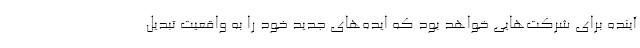
آینده برای شرکت‌هایی خواهد بود که ایده‌های جدید خود را به واقعیت تبدیل